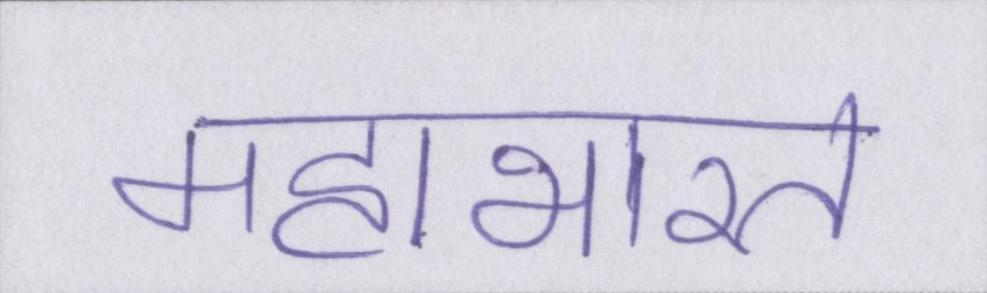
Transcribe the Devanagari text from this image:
महाभारत